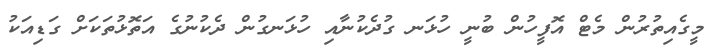
މީގެއިތުރުން މެޓް އޮފީހުން ބުނީ ހުޅަނ ގުދެކުނާއި ހުޅަނގުން ދެކުނުގެ އަތޮޅުތަކަށް ގަޑިއަކު